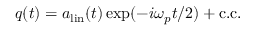
q ( t ) = a _ { \mathrm { l i n } } ( t ) \exp ( - i \omega _ { p } t / 2 ) + \mathrm { c . c . }